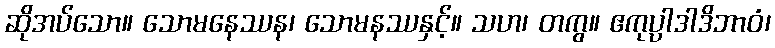
ဆိုအပ်သော။ သောမနေဿန၊ သောမနဿနှင့်။ သဟ၊ တကွ။ ဧကုပ္ပာဒါဒိဘာဝံ၊